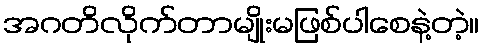
အဂတိလိုက်တာမျိုးမဖြစ်ပါစေနဲ့တဲ့။